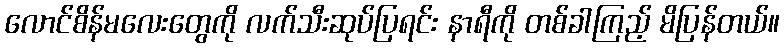
လောင်စိန်မလေးတွေကို လက်သီးဆုပ်ပြရင်း နာရီကို တစ်ခါကြည့် မိပြန်တယ်။